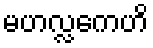
မဟလ္လကေဟိ